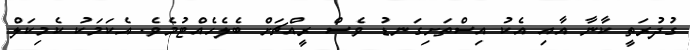
ގުދުރަތީ ކާނާ އާއި އެކު އިސްތަށިގަނޑު ވެސް ރީއްޗަށް ބެލެހެއްޓުމެވެ. އެކަމަކު ކެމިކަލް